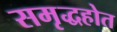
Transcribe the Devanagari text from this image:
समृद्धहोत